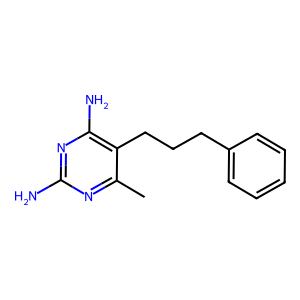
SMILES: Cc1nc(N)nc(N)c1CCCc1ccccc1
Inhibits HIV replication: No